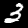
Digit: 3